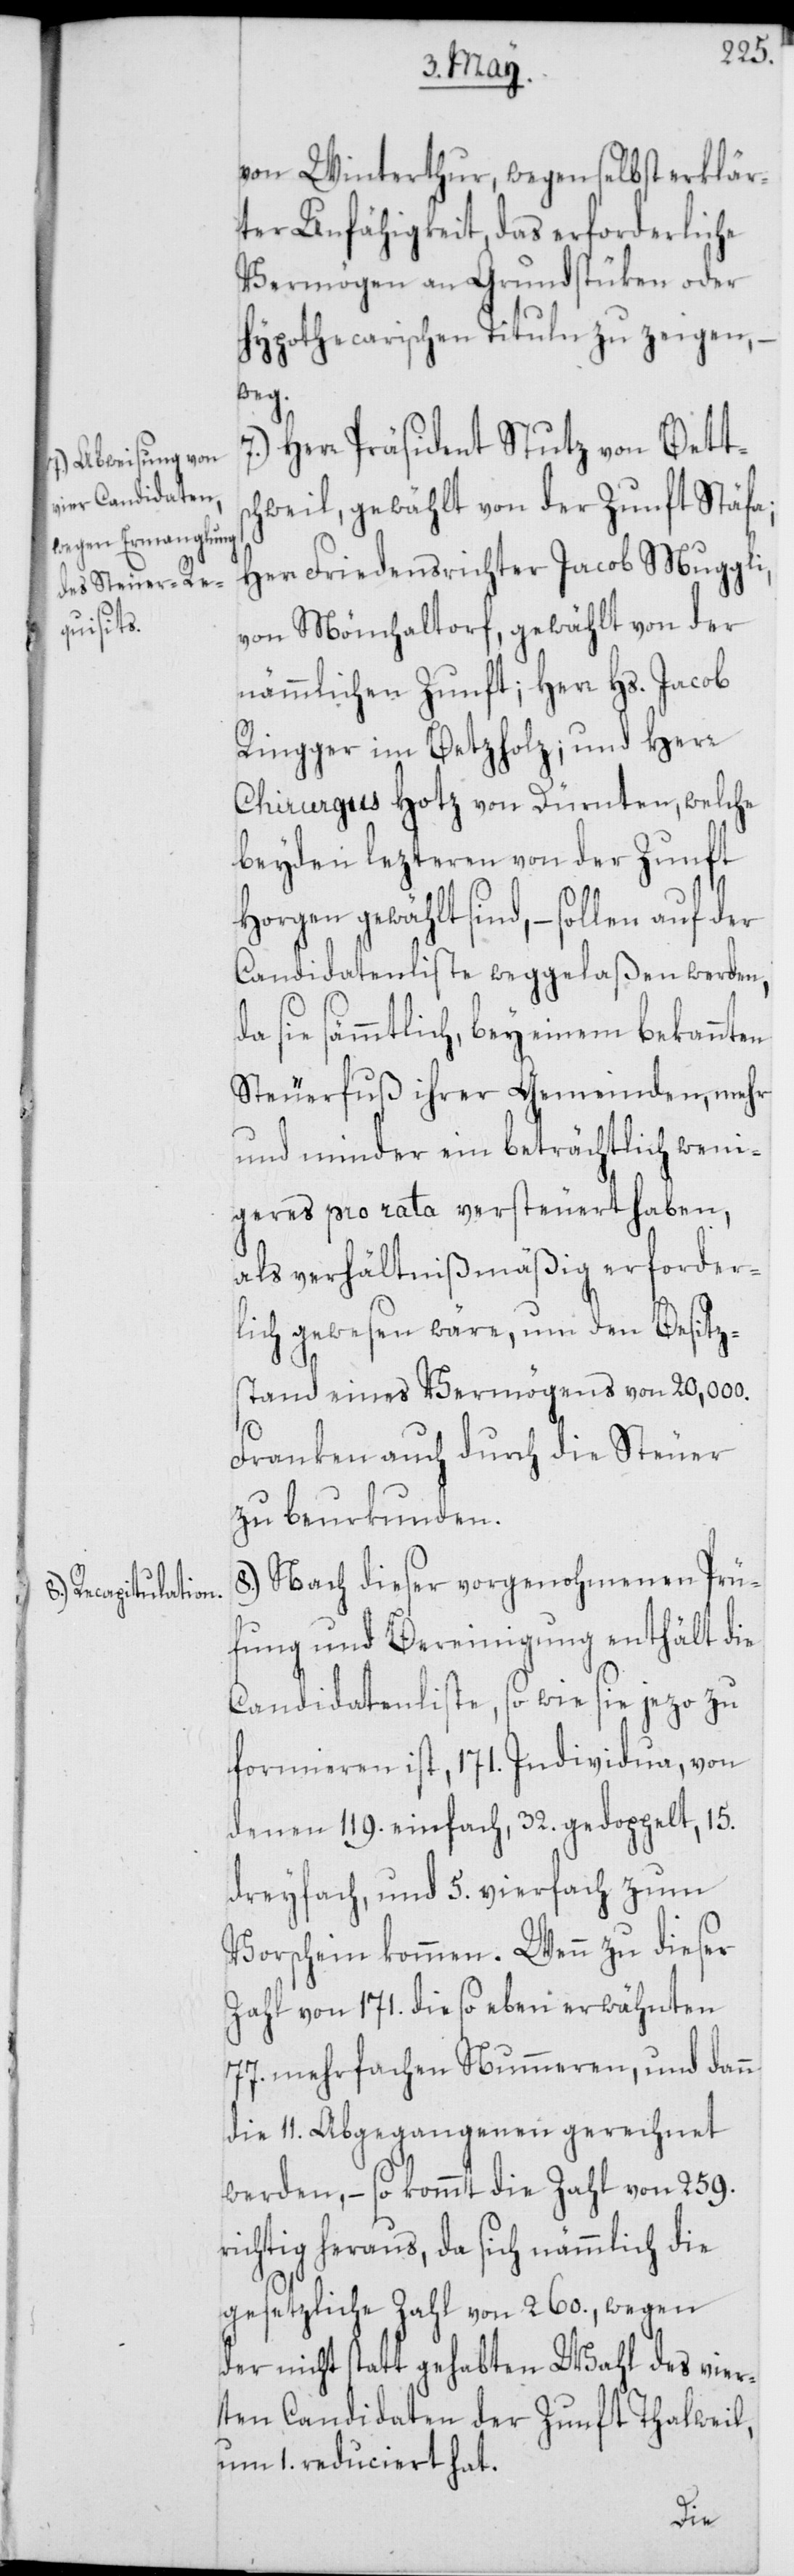
von Winterthur, wegen selbst erklär¬
ter Unfähigkeit, das erforderliche
Vermögen an Grundstüken oder
hypothecarischen Tituln zu zeigen,
weg.
Herr Präsident Stutz von Betts¬
chweil, gewählt von der Zunft Stäfa;
Herr Friedensrichter Jacob Muggli,
von Mönchaltorf, gewählt von der
nämmlichen Zunft; – Herr Hs. Jacob
Ringger im Betzholz; und Herr
Chirurgus Hotz von Dürnten, welche
beyden lezteren von der Zunft
Horgen gewählt sind, – sollen auf der
Candidatenliste weggelaßen werden,
da sie sämmtlich, bey einem bekannten
Steuerfuß ihrer Gemeinden, mehr
und minder ein beträchtlich weni¬
geres pro rata versteuert haben,
als verhältnißmäßig erforder¬
lich gewesen wäre, um den Besitz¬
stand eines Vermögens von 20'000.
Franken auch durch die Steuer
zu beurkunden.
8.) Nach dieser vorgenohmenen Prü¬
fung und Bereinigung enthält die
Candidatenliste, so wie sie jezo zu
formieren ist, 171. Individua, von
denen 119. einfach, 32. gedoppelt, 15.
dreyfach, und 5. vierfach zum
Vorschein kommen. Wenn zu dieser
Zahl von 171. die so eben erwähnten
77. mehrfachen Nummeren, und dann
die 11. Abgegangenen gerechnet
werden, – so kommt die Zahl von 259.
richtig heraus, da sich nämmlich die
gesetzliche Zahl von 260., wegen
der nicht statt gehabten Wahl des vier¬
ten Candidaten der Zunft Thalweil,
um 1. reduciert hat.